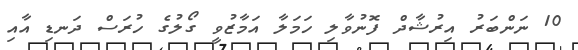
10 ނަންބަރު އިރުޝާދް ފޮނުވާލި ހަމަލާ އަމާޒުވީ ގޯލުގެ ހުރަސް ދަނޑި އާއި